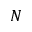
N